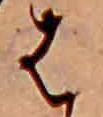
は